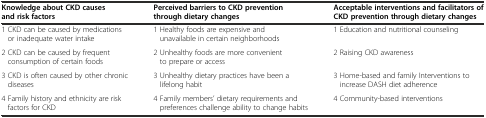
| Knowledge about CKD causes and risk factors | Perceived barriers to CKD prevention through dietary changes | Acceptable interventions and facilitators of CKD prevention through dietary changes |
 | --- | --- | --- |
 | 1 CKD can be caused by medications or inadequate water intake | 1 Healthy foods are expensive and unavailable in certain neighborhoods | 1 Education and nutritional counseling |
 | 2 CKD can be caused by frequent consumption of certain foods | 2 Unhealthy foods are more convenient to prepare or access | 2 Raising CKD awareness |
 | 3 CKD is often caused by other chronic diseases | 3 Unhealthy dietary practices have been a lifelong habit | 3 Home-based and family Interventions to increase DASH diet adherence |
 | 4 Family history and ethnicity are risk factors for CKD | 4 Family members’ dietary requirements and preferences challenge ability to change habits | 4 Community-based interventions |